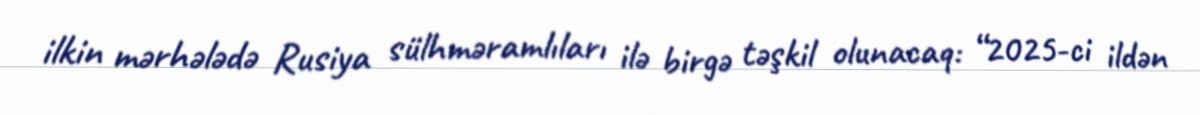
ilkin mərhələdə Rusiya sülhməramlıları ilə birgə təşkil olunacaq: “2025-ci ildən